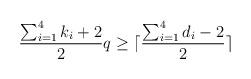
LaTeX: \begin{align*} \frac{\sum_{i=1}^4 k_i+2}{2}q\ge \lceil \frac{\sum_{i=1}^4 d_i -2}{2} \rceil\end{align*}